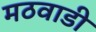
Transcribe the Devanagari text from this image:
मठवाडी